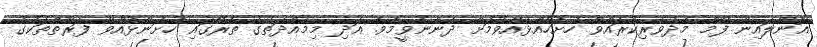
އޮންލައިން ފޯމް މެދުވެރިކުރައްވާ ހުށަހެއްޅުއްވުމަށް ދެންނެވީމެވެ. އަދި މިމުއްދަތުގެ ތެރޭގައި ހުށަނާޅުއްވާ ފަރާތްތަކުގެ